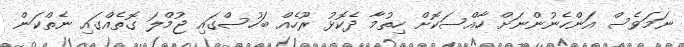
ނަމަވެސް އަންހެނުންނަށް ހާއްސަކޮށް ހިތުމާ ދެކޮޅު ރޫހެއް ބަހުސްގައި ޖުމްލަ ގޮތެއްގައި ނެތްކަން